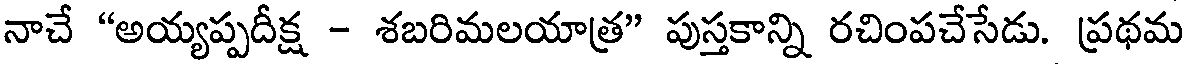
నాచే "అయ్యప్పదీక్ష - శబరిమలయాత్ర" పుస్తకాన్ని రచింపచేసేడు. ప్రథమ